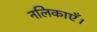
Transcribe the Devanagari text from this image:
नलिकाएँ।